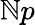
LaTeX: \mathbb{N}p